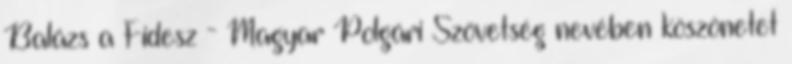
Balázs a Fidesz - Magyar Polgári Szövetség nevében köszönetet